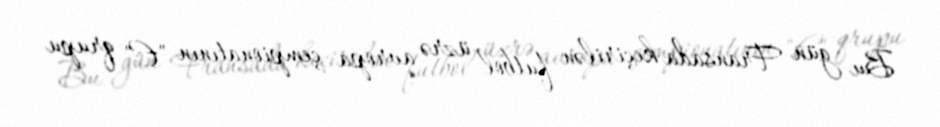
Bu gün Fransada keçirilən futbol üzrə avropa çempionatının "E" qrupu